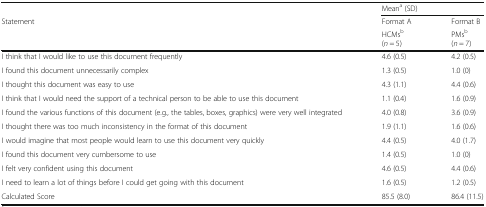
<table><thead><tr><td></td><td colspan="2"><b>Mean<sup>a</sup> (SD)</b></td></tr><tr><td rowspan="2"><b>Statement</b></td><td><b>Format A</b></td><td><b>Format B</b></td></tr><tr><td><b>HCMs<sup>b</sup>(<i>n</i> = 5)</b></td><td><b>PMs<sup>b</sup>(<i>n</i> = 7)</b></td></tr></thead><tbody><tr><td>I think that I would like to use this document frequently</td><td>4.6 (0.5)</td><td>4.2 (0.5)</td></tr><tr><td>I found this document unnecessarily complex</td><td>1.3 (0.5)</td><td>1.0 (0)</td></tr><tr><td>I thought this document was easy to use</td><td>4.3 (1.1)</td><td>4.4 (0.6)</td></tr><tr><td>I think that I would need the support of a technical person to be able to use this document</td><td>1.1 (0.4)</td><td>1.6 (0.9)</td></tr><tr><td>I found the various functions of this document (e.g., the tables, boxes, graphics) were very well integrated</td><td>4.0 (0.8)</td><td>3.6 (0.9)</td></tr><tr><td>I thought there was too much inconsistency in the format of this document</td><td>1.9 (1.1)</td><td>1.6 (0.6)</td></tr><tr><td>I would imagine that most people would learn to use this document very quickly</td><td>4.4 (0.5)</td><td>4.0 (1.7)</td></tr><tr><td>I found this document very cumbersome to use</td><td>1.4 (0.5)</td><td>1.0 (0)</td></tr><tr><td>I felt very confident using this document</td><td>4.6 (0.5)</td><td>4.4 (0.6)</td></tr><tr><td>I need to learn a lot of things before I could get going with this document</td><td>1.6 (0.5)</td><td>1.2 (0.5)</td></tr><tr><td>Calculated Score</td><td>85.5 (8.0)</td><td>86.4 (11.5)</td></tr></tbody></table>